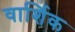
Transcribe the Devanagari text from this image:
वार्शिक